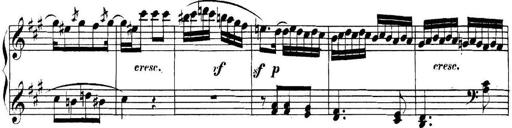
Title: Collected Piano Sonatas
Composer: Muzio Clementi